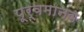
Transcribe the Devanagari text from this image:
पूर्वमानव